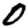
Digit: 0